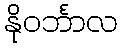
နိုဝင်္ဘာလ